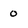
Character: 0